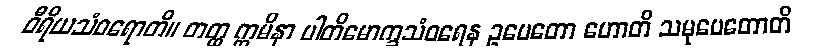
ဝီရိယသံဝရောတိ။ တတ္ထ ဣမိနာ ပါတိမောက္ခသံဝရေန ဥပေတော ဟောတိ သမုပေတောတိ